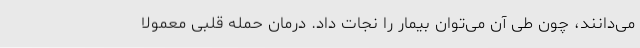
می‌دانند، چون طی آن می‌توان بیمار را نجات داد. درمان حمله قلبی معمولاً